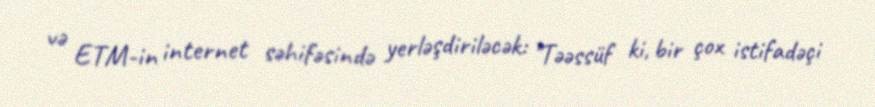
və ETM-in internet səhifəsində yerləşdiriləcək: "Təəssüf ki, bir çox istifadəçi